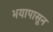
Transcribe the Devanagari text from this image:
भयापासून